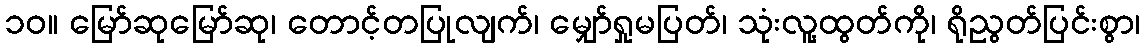
၁၀။ မြော်ဆုမြော်ဆု၊ တောင့်တပြုလျက်၊ မျှော်ရှုမပြတ်၊ သုံးလူ့ထွတ်ကို၊ ရိုညွတ်ပြင်းစွာ၊